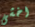
اخشى